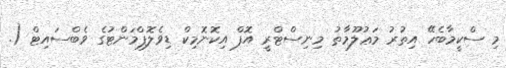
މި ސްކީމާބެހޭ އިތުރު މަޢުލޫމާތު މިނިސްޓްރީ އޮފް އިކޮނޮމިކް ޑިވެލޮޕްމަންޓުގެ ވެބްސައިޓް (.